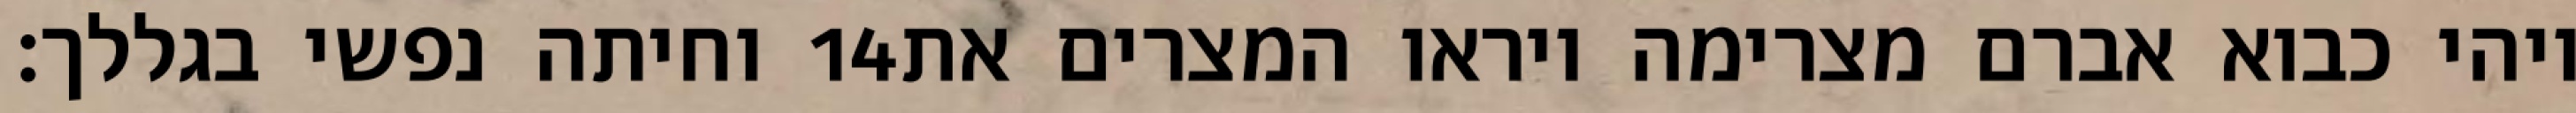
וחיתה נפשי בגללך׃ ‎14‏ ויהי כבוא אברם מצרימה ויראו המצרים את